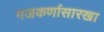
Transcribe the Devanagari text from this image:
गजकर्णासारखा